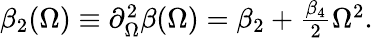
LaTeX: \begin{array}{r}{\beta_{2}(\Omega)\equiv\partial_{\Omega}^{2}\beta(\Omega)=\beta_{2}+\frac{\beta_{4}}{2}\Omega^{2}.}\end{array}